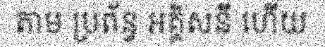
តាម ប្រព័ន្ធ អគ្គិសនី ហើយ